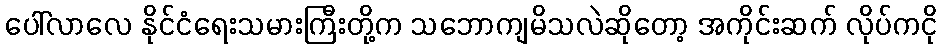
ပေါ်လာလေ နိုင်ငံရေးသမားကြီးတို့က သဘောကျမိသလဲဆိုတော့ အကိုင်းဆက် လိုပ်ကငို